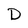
Character: D